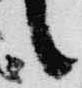
言